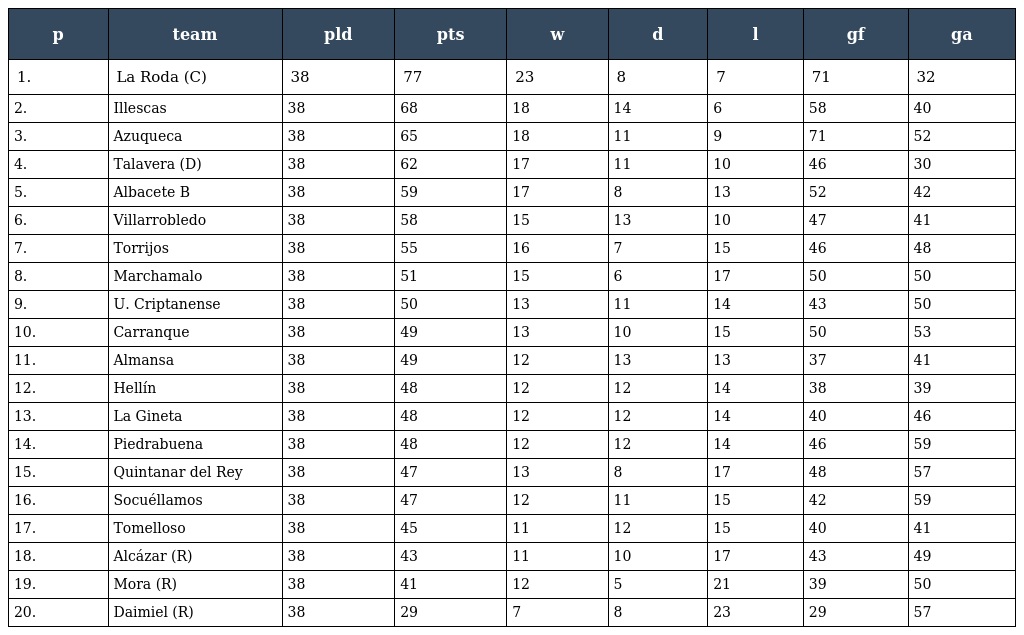
| p | team | pld | pts | w | d | l | gf | ga |
 | --- | --- | --- | --- | --- | --- | --- | --- | --- |
 | 1. | La Roda (C) | 38 | 77 | 23 | 8 | 7 | 71 | 32 |
 | 2. | Illescas | 38 | 68 | 18 | 14 | 6 | 58 | 40 |
 | 3. | Azuqueca | 38 | 65 | 18 | 11 | 9 | 71 | 52 |
 | 4. | Talavera (D) | 38 | 62 | 17 | 11 | 10 | 46 | 30 |
 | 5. | Albacete B | 38 | 59 | 17 | 8 | 13 | 52 | 42 |
 | 6. | Villarrobledo | 38 | 58 | 15 | 13 | 10 | 47 | 41 |
 | 7. | Torrijos | 38 | 55 | 16 | 7 | 15 | 46 | 48 |
 | 8. | Marchamalo | 38 | 51 | 15 | 6 | 17 | 50 | 50 |
 | 9. | U. Criptanense | 38 | 50 | 13 | 11 | 14 | 43 | 50 |
 | 10. | Carranque | 38 | 49 | 13 | 10 | 15 | 50 | 53 |
 | 11. | Almansa | 38 | 49 | 12 | 13 | 13 | 37 | 41 |
 | 12. | Hellín | 38 | 48 | 12 | 12 | 14 | 38 | 39 |
 | 13. | La Gineta | 38 | 48 | 12 | 12 | 14 | 40 | 46 |
 | 14. | Piedrabuena | 38 | 48 | 12 | 12 | 14 | 46 | 59 |
 | 15. | Quintanar del Rey | 38 | 47 | 13 | 8 | 17 | 48 | 57 |
 | 16. | Socuéllamos | 38 | 47 | 12 | 11 | 15 | 42 | 59 |
 | 17. | Tomelloso | 38 | 45 | 11 | 12 | 15 | 40 | 41 |
 | 18. | Alcázar (R) | 38 | 43 | 11 | 10 | 17 | 43 | 49 |
 | 19. | Mora (R) | 38 | 41 | 12 | 5 | 21 | 39 | 50 |
 | 20. | Daimiel (R) | 38 | 29 | 7 | 8 | 23 | 29 | 57 |